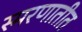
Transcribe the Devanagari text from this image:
स्मरणातीत